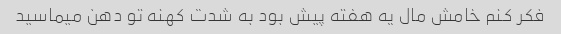
فکر کنم خامش مال یه هفته پیش بود به شدت کهنه تو دهن میماسید